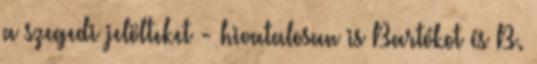
a szegedi jelölteket - hivatalosan is Bartókot és B.